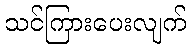
သင်ကြားပေးလျက်